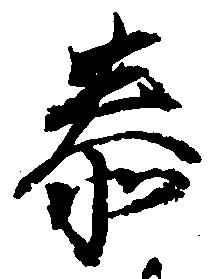
泰